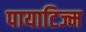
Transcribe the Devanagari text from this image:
पायाटिज्म